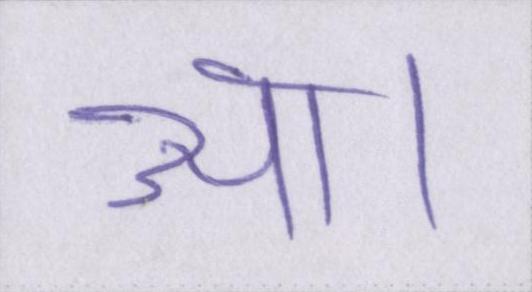
आ।